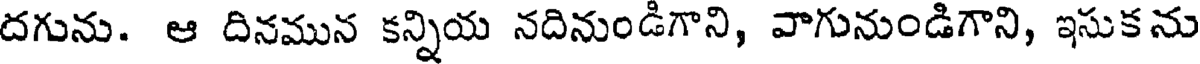
దగును. ఆ దినమున కన్నియ నదినుండిగాని, వాగునుండిగాని, ఇసుకను